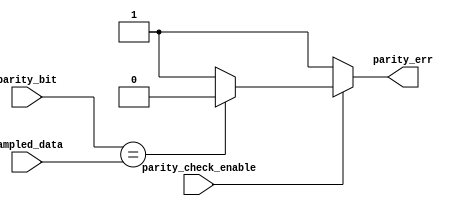
module parity_check(
    input parity_bit,
    input sampled_data,
    input parity_check_enable, //if par_en && data has been transmmited
   
    output reg parity_err   
);

always @(*) 
begin
    if(parity_check_enable)
    begin
        
        if(parity_bit == sampled_data)
        parity_err=0;

        else
        parity_err=1;
    end

    else
    parity_err=1;
end

endmodule